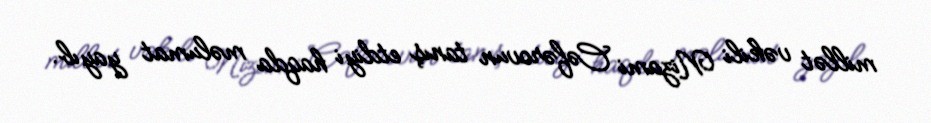
millət vəkili Nizami Cəfərovun tanış etdiyi haqda məlumat yayıb.